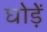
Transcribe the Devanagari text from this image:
घोड़ें